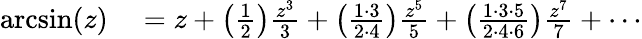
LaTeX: \begin{array}{rl}{\arcsin(z)}&{{}=z+\left({\frac{1}{2}}\right){\frac{z^{3}}{3}}+\left({\frac{1\cdot 3}{2\cdot 4}}\right){\frac{z^{5}}{5}}+\left({\frac{1\cdot 3\cdot 5}{2\cdot 4\cdot 6}}\right){\frac{z^{7}}{7}}+\cdots}\end{array}